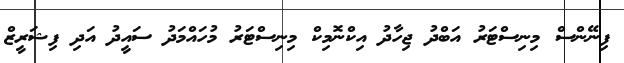
ފިނޭންސް މިނިސްޓަރު އަބްދު ޖިހާދު އިކްނޮމިކް މިނިސްޓަރު މުހައްމަދު ސައީދު އަދި ފިޝަރީޒް